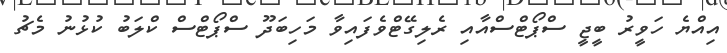
އިއްޔެ ހަވީރު ބީޖީ ސްޕޯޓްސްއާއި ރެލިގޭޓްވެފައިވާ މަހިބަދޫ ސްޕޯޓްސް ކްލަބު ކުޅުނު މެޗު